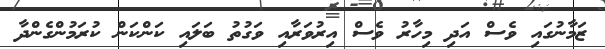
ޒަމާނުގައި ވެސް އަދި މިހާރު ވެސް އިރުވަރާއި ވަގުތު ބަލައި ކަންކަން ކުރަމުންގެންދާ